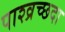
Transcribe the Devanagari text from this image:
पाश्व्रच्छदा